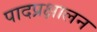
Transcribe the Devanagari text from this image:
पादप्रक्षालन